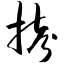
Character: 拷